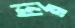
ঘির